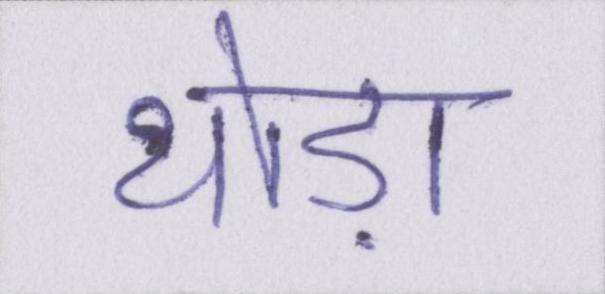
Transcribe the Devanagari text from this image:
थोड़ा